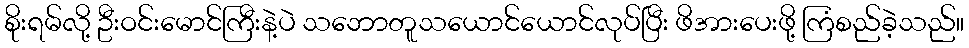
စိုးရမ်လို့ ဦးဝင်းမောင်ကြီးနဲ့ပဲ သဘောတူသယောင်ယောင်လုပ်ပြီး ဖိအားပေးဖို့ ကြံစည်ခဲ့သည်။